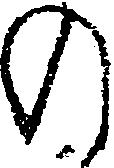
の